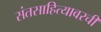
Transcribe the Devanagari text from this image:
संतसाहित्यावरची